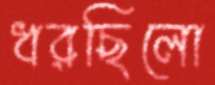
ধরছিলো